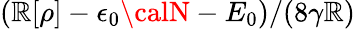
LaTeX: (\mathbb{R}[\rho]-\epsilon_{0}{\calN}-E_{0})/(8\gamma\mathbb{R})